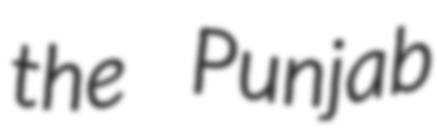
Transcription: the Punjab